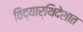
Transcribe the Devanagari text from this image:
विद्यार्थिदेशात